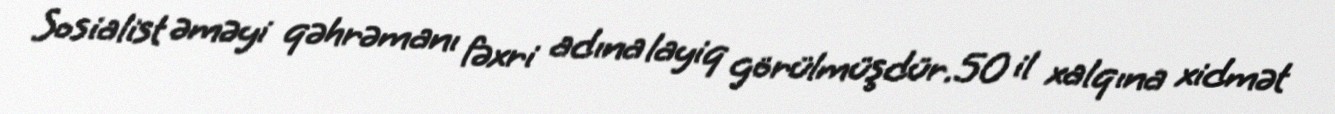
Sosialist əməyi qəhrəmanı fəxri adına layiq görülmüşdür.50 il xalqına xidmət